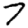
Digit: 7